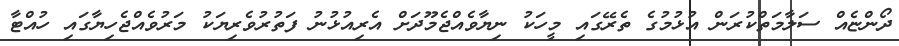
ދޯންޏެއް ސަލާމަތްކުރަން އުޅުމުގެ ތެރޭގައި މީހަކު ނިޔާވެއްޖެމޫދަށް އެރިއުޅުނު ފަތުރުވެރިޔަކު މަރުވެއްޖެހިޔާގައި ހުއްޓާ